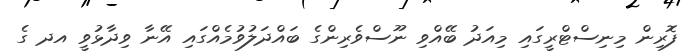
ފޮރިން މިނިސްޓްރީގައި މިއަދު ބޭއްވި ނޫސްވެރިންގެ ބައްދަލުވުމެއްގައި އޭނާ ވިދާޅުވީ އދ ގެ